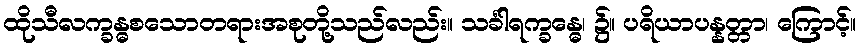
ထိုသီလက္ခန္ဓစသောတရားအစုတို့သည်လည်း။ သင်္ခါရက္ခန္ဓေ၊ ၌။ ပရိယာပန္နတ္တာ၊ ကြောင့်။